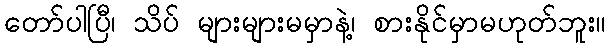
တော်ပါပြီ၊ သိပ် များများမမှာနဲ့၊ စားနိုင်မှာမဟုတ်ဘူး။